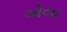
ગોલા